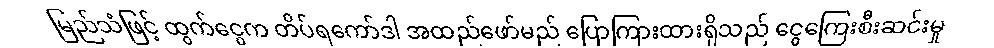
မြည်သံဖြင့် ထွက်ငွေက တိပ်ရကော်ဒါ အထည်ဖော်မည် ပြောကြားထားရှိသည် ငွေကြေးစီးဆင်းမှု